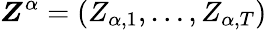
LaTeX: \boldsymbol{Z}^{\alpha}=(Z_{\alpha,1},\ldots,Z_{\alpha,T})